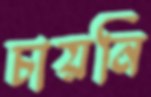
চায়নি